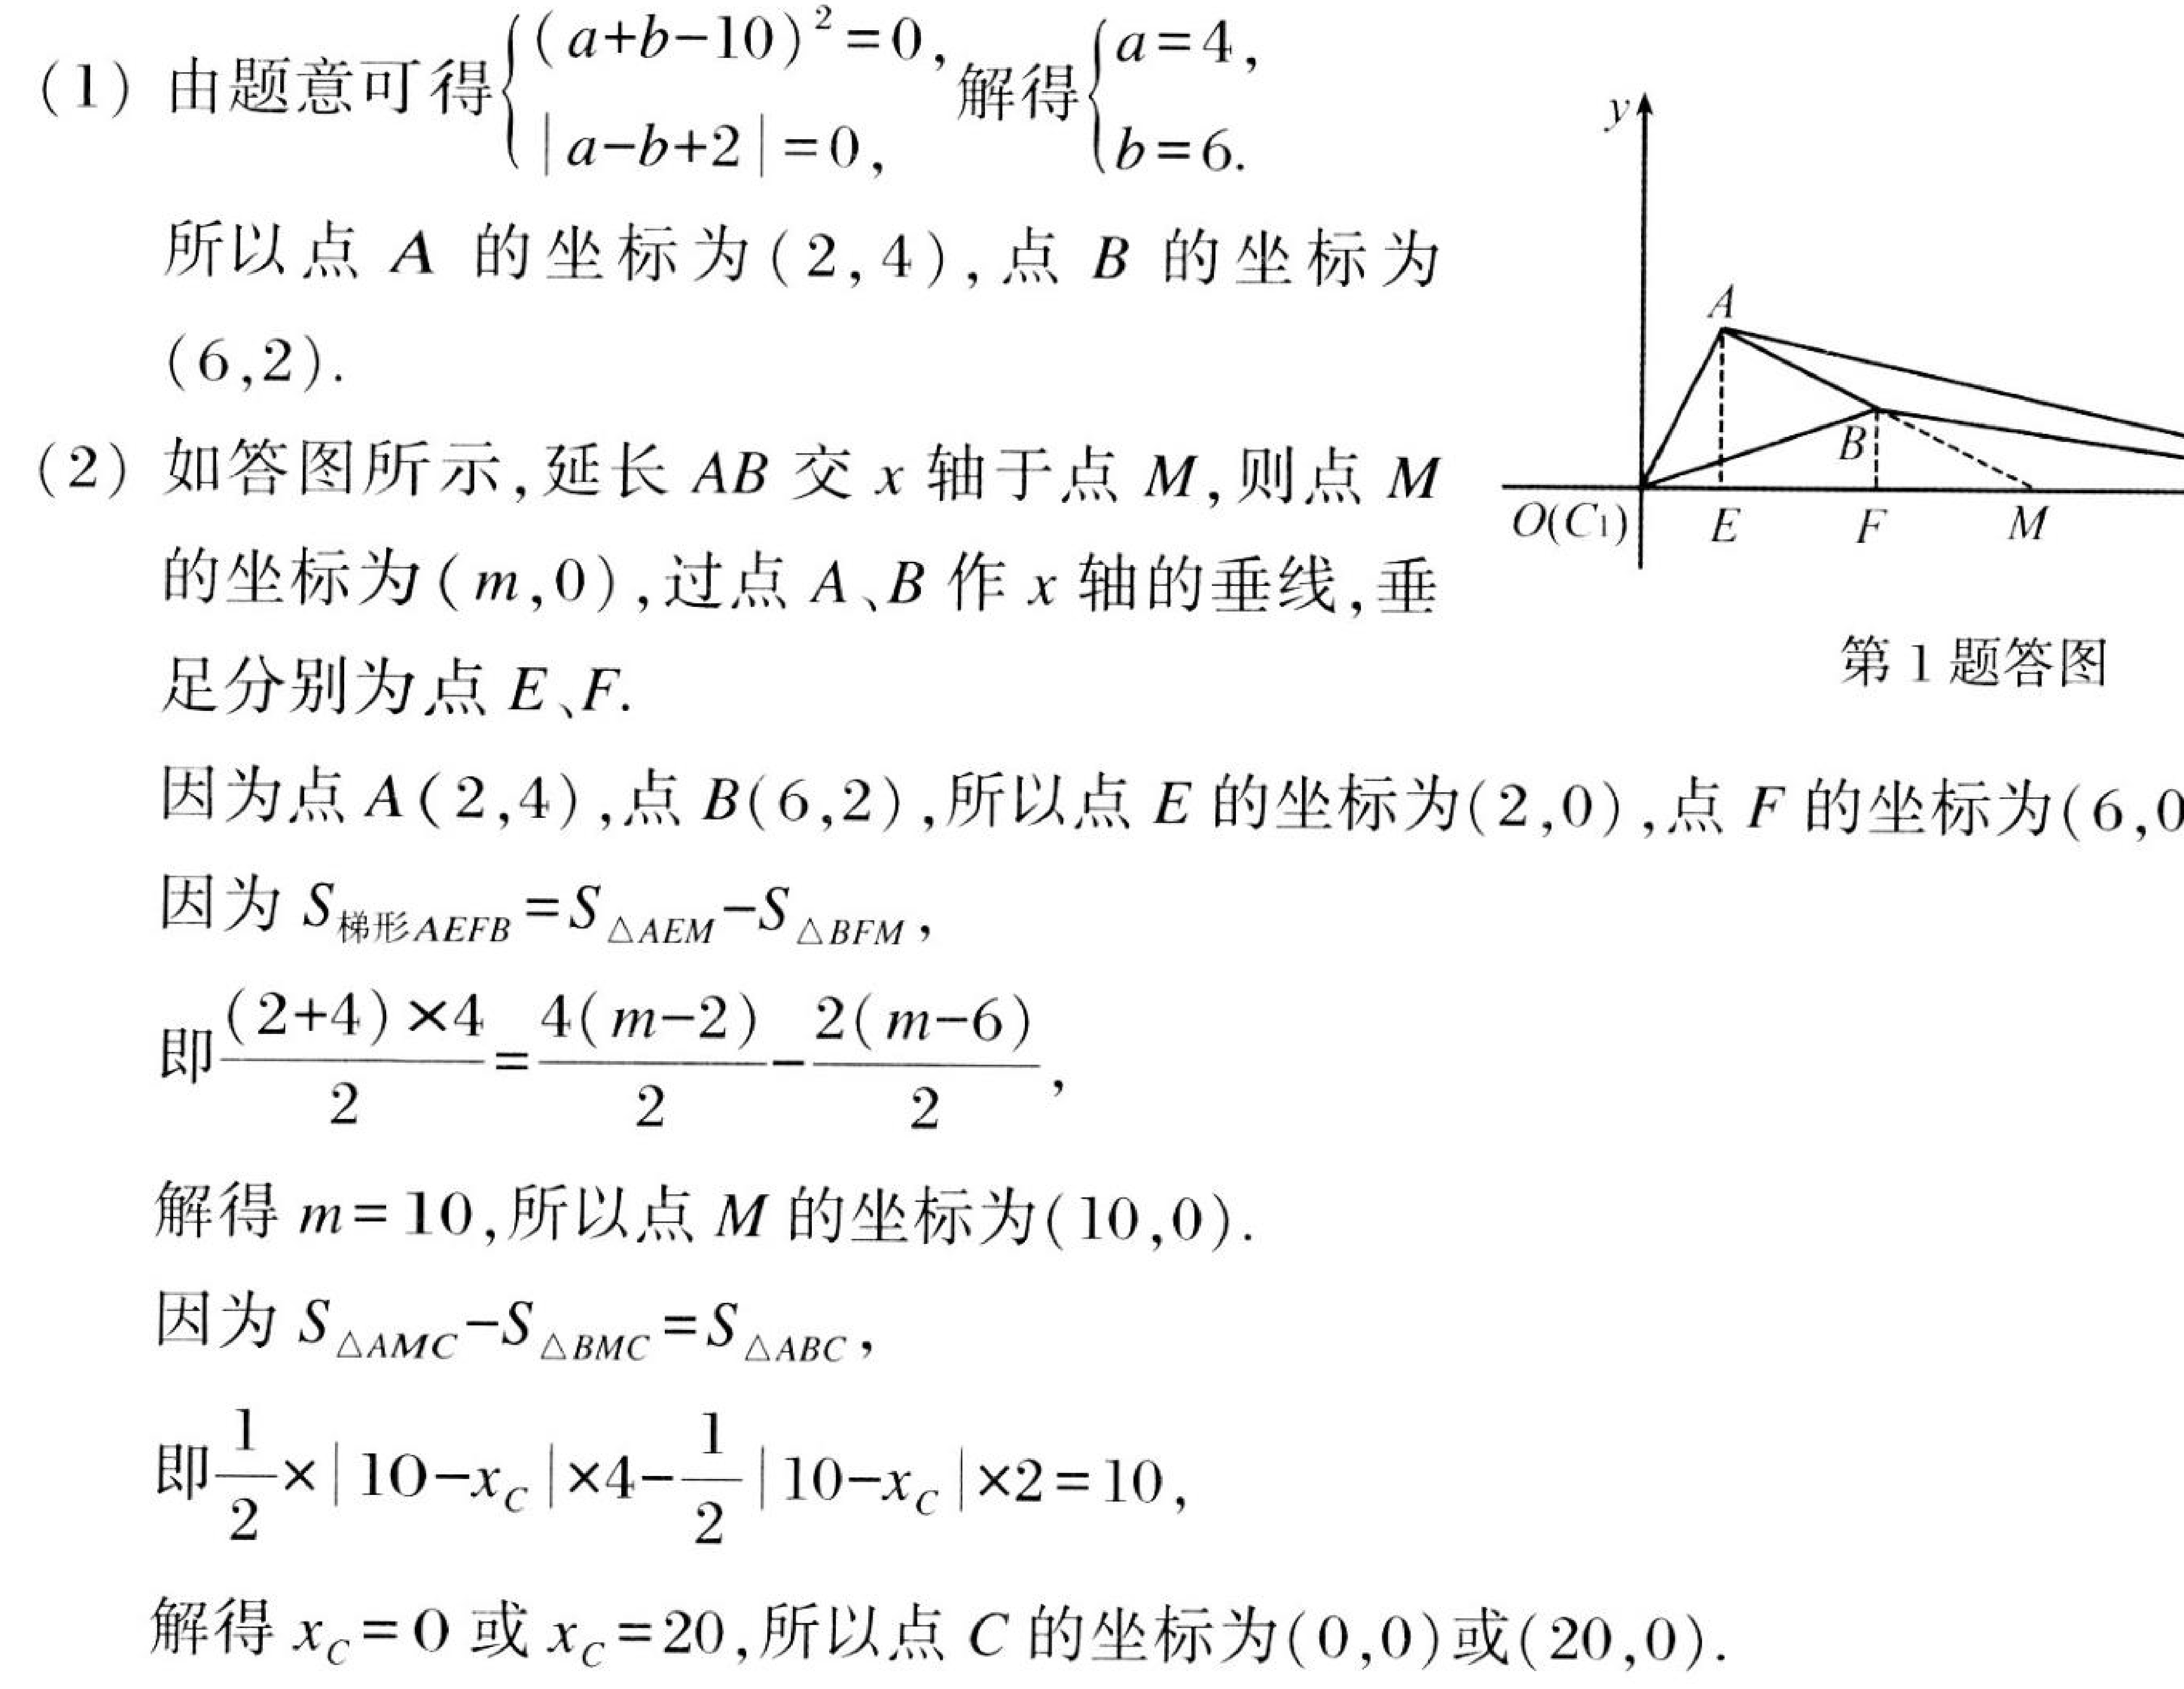
(1) 由题意可得\(\begin{cases}(a + b - 10)^{2}=0,\\|a - b + 2| = 0,\end{cases}\)解得\(\begin{cases}a = 4,\\b = 6.\end{cases}\)
所以点 \(A\) 的坐标为 \((2,4)\), 点 \(B\) 的坐标为 \((6,2)\).
(2) 如答图所示, 延长 \(AB\) 交 \(x\) 轴于点 \(M\), 则点 \(M\) 的坐标为 \((m,0)\), 过点 \(A\)、\(B\) 作 \(x\) 轴的垂线, 垂足分别为点 \(E\)、\(F\).
因为点 \(A(2,4)\), 点 \(B(6,2)\), 所以点 \(E\) 的坐标为\((2,0)\), 点 \(F\) 的坐标为\((6,0)\).
因为 \(S_{梯形AEFB}=S_{\triangle AEM}-S_{\triangle BFM}\),
即\(\frac{(2 + 4)\times4}{2}=\frac{4(m - 2)}{2}-\frac{2(m - 6)}{2}\),
解得 \(m = 10\), 所以点 \(M\) 的坐标为\((10,0)\).
因为 \(S_{\triangle AMC}-S_{\triangle BMC}=S_{\triangle ABC}\),
即\(\frac{1}{2}\times|10 - x_{C}|\times4-\frac{1}{2}|10 - x_{C}|\times2 = 10\),
解得 \(x_{C}=0\) 或 \(x_{C}=20\), 所以点 \(C\) 的坐标为\((0,0)\)或\((20,0)\).
 第1题答图
\begin{tikzpicture}[scale=0.8]
    \draw[->] (0,0) -- (7,0) node[right] {\(x\)};
    \draw[->] (0,0) -- (0,5) node[above] {\(y\)};
    \node[below left] at (0,0) {\(O(C_1)\)};
    \coordinate (A) at (2,4);
    \coordinate (B) at (6,2);
    \coordinate (E) at (2,0);
    \coordinate (F) at (6,0);
    \coordinate (M) at (10,0);
    \draw (A) node[above] {\(A\)};
    \draw (B) node[above] {\(B\)};
    \draw (E) node[below] {\(E\)};
    \draw (F) node[below] {\(F\)};
    \draw (M) node[below] {\(M\)};
    \draw[thick] (A) -- (B) -- (M);
    \draw[thick, dashed] (A) -- (E);
    \draw[thick, dashed] (B) -- (F);
\end{tikzpicture}